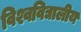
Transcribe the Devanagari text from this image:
विश्वविद्यालीय